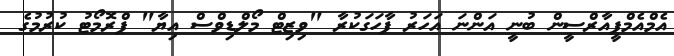
އެމްއެމްޕީއާރްސީން ބުނީ އަންނަ އަހަރު ފާހަގަކުރާ "ވިޒިޓް މޯލްޑިވްސް އިޔާ" ޕްރޮމޯޓު ކުރުމުގެ